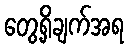
တွေ့ရှိချက်အရ